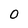
Character: 0